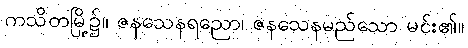
ကသိတမြို့၌။ ဇနသေနရညော၊ ဇနသေနမည်သော မင်း၏။